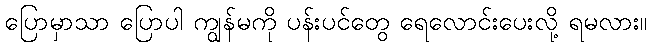
ပြောမှာသာ ပြောပါ ကျွန်မကို ပန်းပင်တွေ ရေလောင်းပေးလို့ ရမလား။